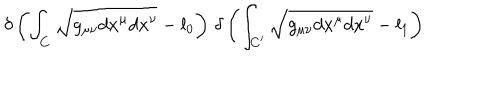
\delta \left( \int _ { C } \sqrt { g _ { \mu \nu } d x ^ { \mu } d x ^ { \nu } } - l _ { 0 } \right) \, \delta \left( \int _ { C ^ { \prime } } \sqrt { g _ { \mu \nu } d x ^ { \mu } d x ^ { \nu } } - l _ { 1 } \right)